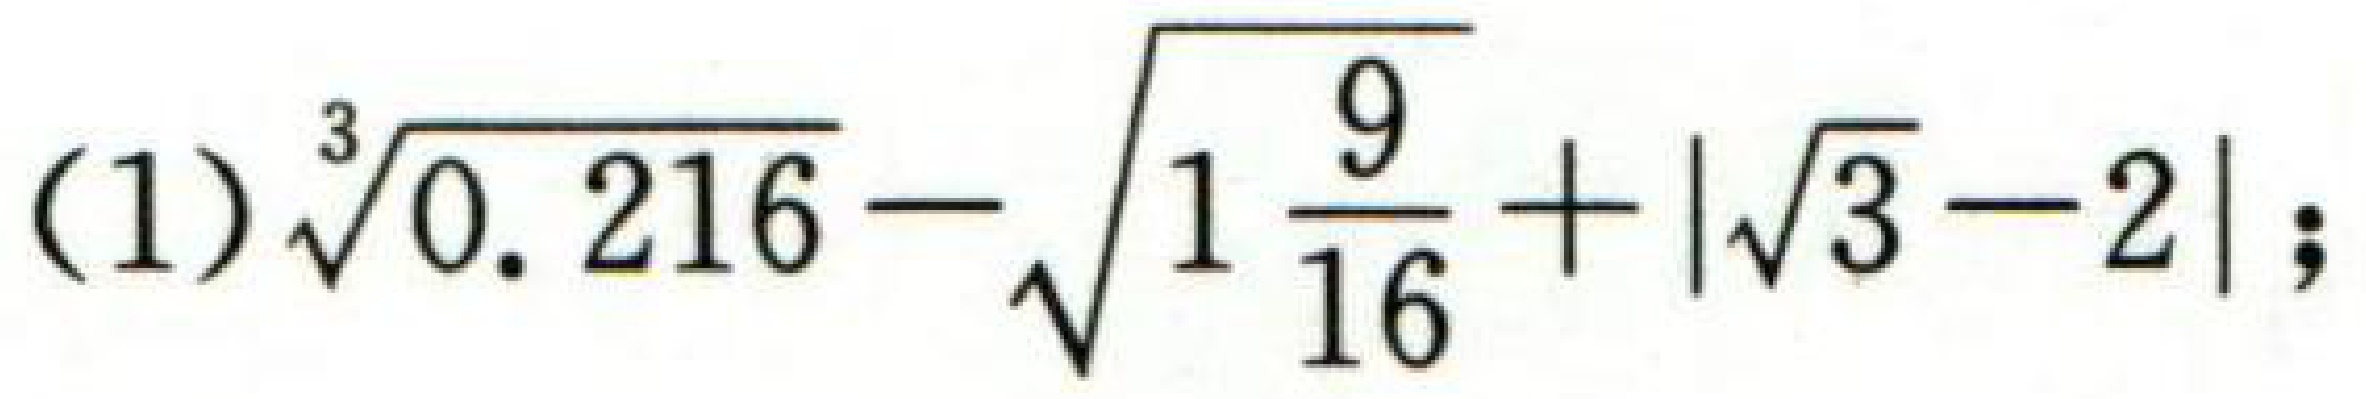
(1)\(\sqrt[3]{0.216}-\sqrt{1\frac{9}{16}}+\vert\sqrt{3} - 2\vert\);